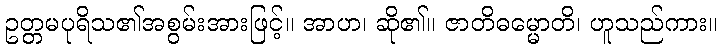
ဥတ္တမပုရိသ၏အစွမ်းအားဖြင့်။ အာဟ၊ ဆို၏။ ဇာတိဓမ္မောတိ၊ ဟူသည်ကား။